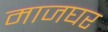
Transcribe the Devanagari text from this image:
माजघर